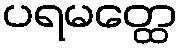
ပရမတ္ထေ